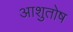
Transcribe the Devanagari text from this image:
अाशुतोष